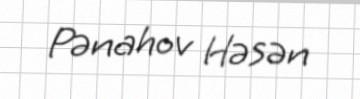
Pənahov Həsən